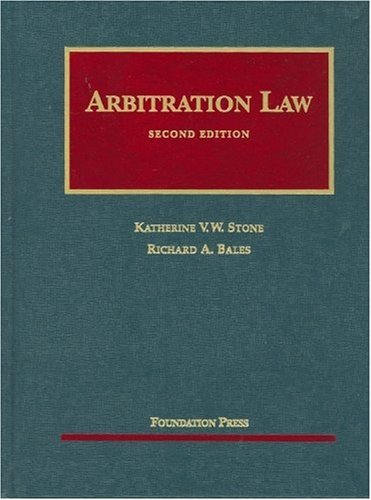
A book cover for Arbitration Law (University Casebook Series); Katherine Stone; Law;